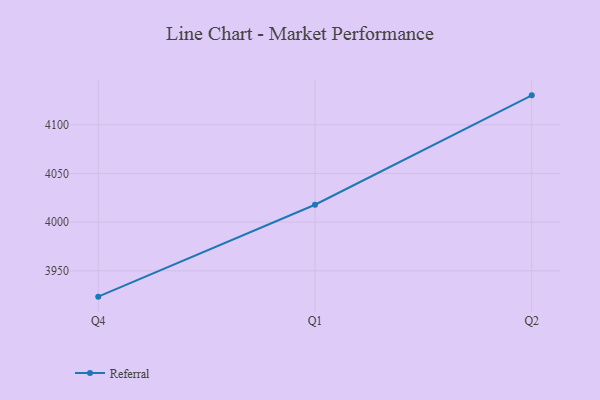
{"axis": {"x": "Quarter", "y": "Population (Million)"}, "legend": ["Referral"], "data": [{"x": "Q4", "y": 3923.5, "type": "Referral"}, {"x": "Q1", "y": 4017.9, "type": "Referral"}, {"x": "Q2", "y": 4130.2, "type": "Referral"}]}